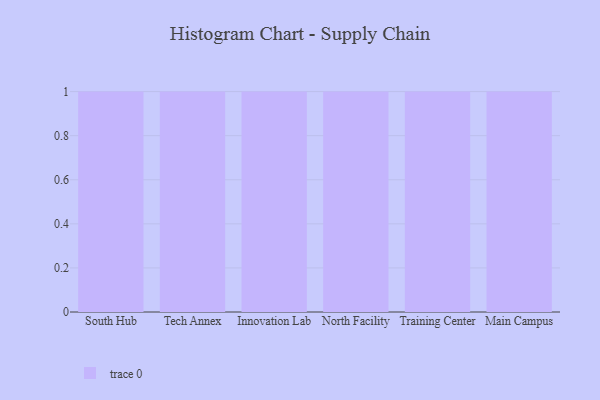
{"axis": {"x": "Campus", "y": "Production Output"}, "legend": [""], "data": [{"x": "South Hub", "y": 46, "type": ""}, {"x": "Tech Annex", "y": 26, "type": ""}, {"x": "Innovation Lab", "y": 88, "type": ""}, {"x": "North Facility", "y": 36, "type": ""}, {"x": "Training Center", "y": 66, "type": ""}, {"x": "Main Campus", "y": 91, "type": ""}]}